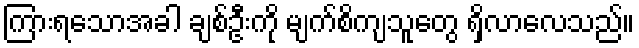
ကြားရသောအခါ ချစ်ဦးကို မျက်စိကျသူတွေ ရှိလာလေသည်။